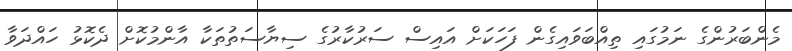
މެންބަރުންގެ ނަމުގައި ތިއްބަވައިގެން ފަހަކަށް އައިސް ސަރުކާރުގެ ސިޔާސަތުތަކާ އާންމުކޮށް ދެކޮޅު ހައްދަވާ